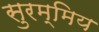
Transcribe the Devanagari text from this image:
सुरम्मिय